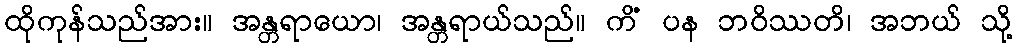
ထိုကုန်သည်အား။ အန္တရာယော၊ အန္တရာယ်သည်။ ကိံ ပန ဘဝိဿတိ၊ အဘယ် သို့